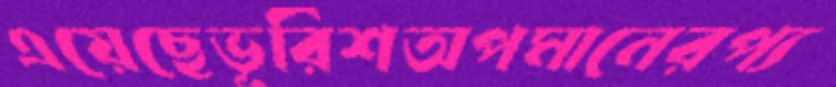
এয়েছেভূরিশঅপমানেরপ্য